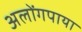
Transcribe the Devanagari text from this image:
अलोंगपाया